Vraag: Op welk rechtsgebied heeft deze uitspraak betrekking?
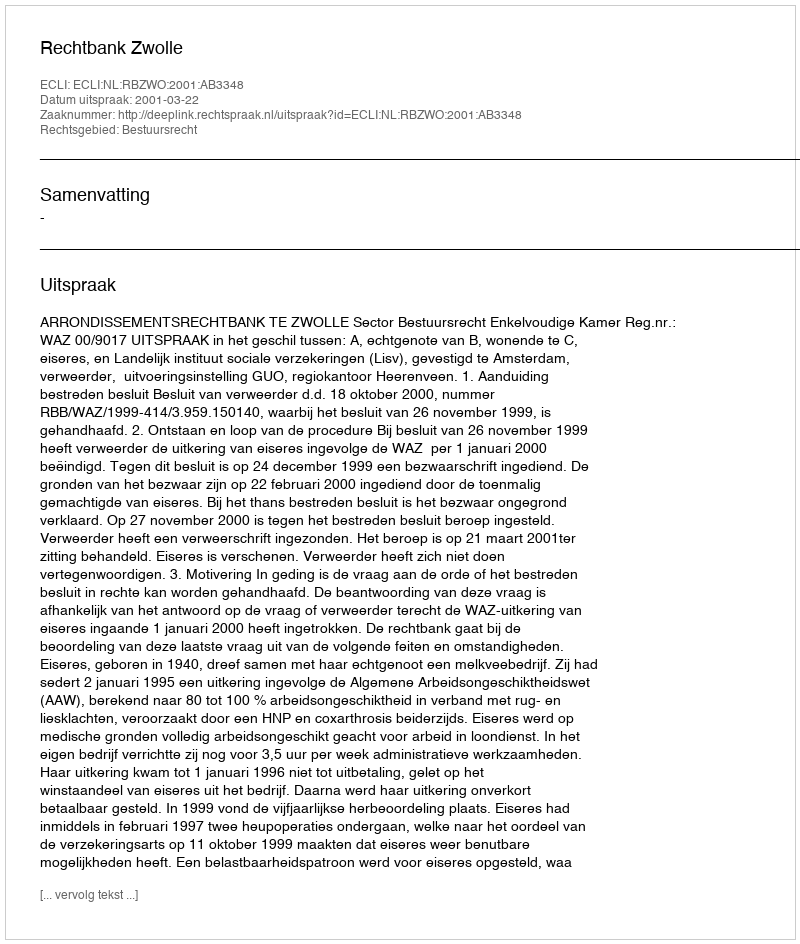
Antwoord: Bestuursrecht